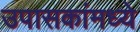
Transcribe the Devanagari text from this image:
उपासकांमध्ये